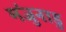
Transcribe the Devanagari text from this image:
मंजुनाडु